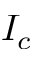
I _ { c }